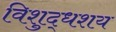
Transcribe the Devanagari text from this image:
विशुद्धशय